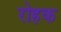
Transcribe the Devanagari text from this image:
रोहक